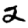
Digit: 2